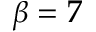
\beta = 7